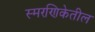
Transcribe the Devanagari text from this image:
स्मरणिकेतील